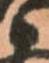
と